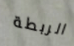
الربطة